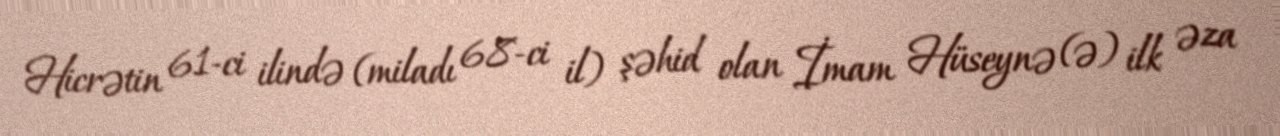
Hicrətin 61-ci ilində (miladı 68-ci il) şəhid olan İmam Hüseynə (ə) ilk əza